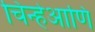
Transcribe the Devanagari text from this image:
चिन्हेआणि